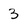
Character: 3